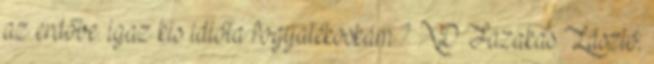
az erdőbe. igaz kis idióta fogyatékoskám.? XD Fazakas László: